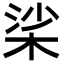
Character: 桬